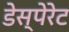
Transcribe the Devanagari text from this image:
डेस्पेरेट